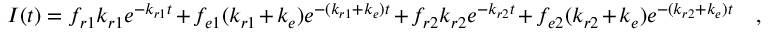
I ( t ) = f _ { r 1 } k _ { r 1 } e ^ { - k _ { r 1 } t } + f _ { e 1 } ( k _ { r 1 } + k _ { e } ) e ^ { - ( k _ { r 1 } + k _ { e } ) t } + f _ { r 2 } k _ { r 2 } e ^ { - k _ { r 2 } t } + f _ { e 2 } ( k _ { r 2 } + k _ { e } ) e ^ { - ( k _ { r 2 } + k _ { e } ) t } \quad ,